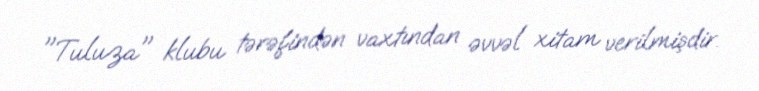
"Tuluza" klubu tərəfindən vaxtından əvvəl xitam verilmişdir.